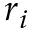
r _ { i }